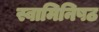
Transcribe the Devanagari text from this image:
स्वामिनिषठ